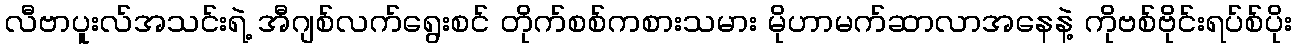
လီဗာပူးလ်အသင်းရဲ့ အီဂျစ်လက်ရွေးစင် တိုက်စစ်ကစားသမား မိုဟာမက်ဆာလာအနေနဲ့ ကိုဗစ်ဗိုင်းရပ်စ်ပိုး